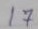
17